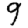
Digit: 9